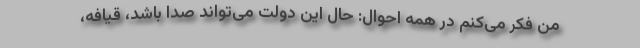
من فکر می‌کنم در همه احوال: حال این دولت می‌تواند صدا باشد، قیافه،